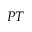
P T